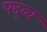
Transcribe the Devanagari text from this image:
फ्द्व्च